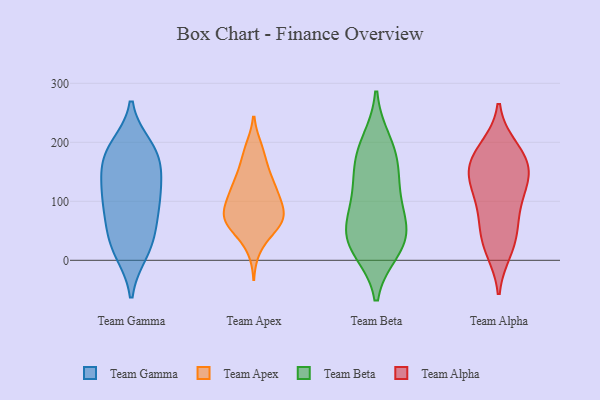
{"axis": {"x": "Tickets Resolved", "y": "Value"}, "legend": ["Team Alpha", "Team Apex", "Team Beta", "Team Gamma"], "data": [{"x": "", "y": 174, "type": "Team Gamma"}, {"x": "", "y": 63, "type": "Team Gamma"}, {"x": "", "y": 122, "type": "Team Gamma"}, {"x": "", "y": 60, "type": "Team Gamma"}, {"x": "", "y": 123, "type": "Team Gamma"}, {"x": "", "y": 18, "type": "Team Gamma"}, {"x": "", "y": 127, "type": "Team Gamma"}, {"x": "", "y": 14, "type": "Team Gamma"}, {"x": "", "y": 173, "type": "Team Gamma"}, {"x": "", "y": 168, "type": "Team Gamma"}, {"x": "", "y": 98, "type": "Team Gamma"}, {"x": "", "y": 192, "type": "Team Gamma"}, {"x": "", "y": 28, "type": "Team Gamma"}, {"x": "", "y": 90, "type": "Team Gamma"}, {"x": "", "y": 189, "type": "Team Gamma"}, {"x": "", "y": 79, "type": "Team Apex"}, {"x": "", "y": 150, "type": "Team Apex"}, {"x": "", "y": 188, "type": "Team Apex"}, {"x": "", "y": 64, "type": "Team Apex"}, {"x": "", "y": 59, "type": "Team Apex"}, {"x": "", "y": 119, "type": "Team Apex"}, {"x": "", "y": 87, "type": "Team Apex"}, {"x": "", "y": 20, "type": "Team Apex"}, {"x": "", "y": 105, "type": "Team Apex"}, {"x": "", "y": 50, "type": "Team Apex"}, {"x": "", "y": 135, "type": "Team Apex"}, {"x": "", "y": 190, "type": "Team Apex"}, {"x": "", "y": 70, "type": "Team Apex"}, {"x": "", "y": 119, "type": "Team Apex"}, {"x": "", "y": 71, "type": "Team Apex"}, {"x": "", "y": 99, "type": "Team Apex"}, {"x": "", "y": 74, "type": "Team Apex"}, {"x": "", "y": 64, "type": "Team Apex"}, {"x": "", "y": 123, "type": "Team Apex"}, {"x": "", "y": 162, "type": "Team Apex"}, {"x": "", "y": 198, "type": "Team Beta"}, {"x": "", "y": 166, "type": "Team Beta"}, {"x": "", "y": 34, "type": "Team Beta"}, {"x": "", "y": 32, "type": "Team Beta"}, {"x": "", "y": 20, "type": "Team Beta"}, {"x": "", "y": 116, "type": "Team Beta"}, {"x": "", "y": 173, "type": "Team Beta"}, {"x": "", "y": 108, "type": "Team Beta"}, {"x": "", "y": 47, "type": "Team Beta"}, {"x": "", "y": 63, "type": "Team Beta"}, {"x": "", "y": 92, "type": "Team Alpha"}, {"x": "", "y": 169, "type": "Team Alpha"}, {"x": "", "y": 23, "type": "Team Alpha"}, {"x": "", "y": 161, "type": "Team Alpha"}, {"x": "", "y": 126, "type": "Team Alpha"}, {"x": "", "y": 135, "type": "Team Alpha"}, {"x": "", "y": 147, "type": "Team Alpha"}, {"x": "", "y": 59, "type": "Team Alpha"}, {"x": "", "y": 153, "type": "Team Alpha"}, {"x": "", "y": 191, "type": "Team Alpha"}, {"x": "", "y": 99, "type": "Team Alpha"}, {"x": "", "y": 48, "type": "Team Alpha"}, {"x": "", "y": 17, "type": "Team Alpha"}, {"x": "", "y": 188, "type": "Team Alpha"}]}